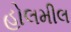
હોલમીલ